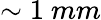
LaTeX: \sim 1\ mm